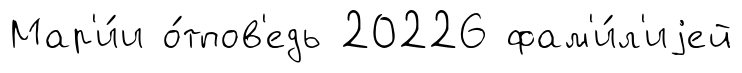
Мар'и́и о́тпов'едь 20226 фам'и́л'иjей